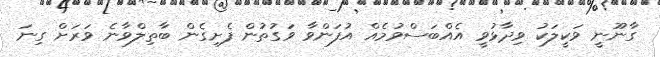
ގާނޫނީ ވަކީލަކު ވިދާޅުވީ އެއްބަސްވުމެއް އުފަންވާ ވަގުތުން ފެށިގެން ބާތިލްވާނެ ވަރަށް ގިނަ